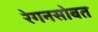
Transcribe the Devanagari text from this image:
रेगनसोबत